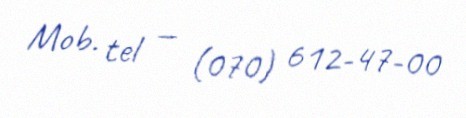
Mob. tel — (070) 612-47-00